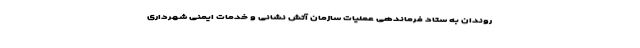
روندان به ستاد فرماندهی عملیات سازمان آتش نشانی و خدمات ایمنی شهرداری